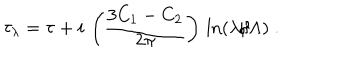
\tau _ { \lambda } = \tau + i \, \left( \frac { 3 C _ { 1 } - C _ { 2 } } { 2 \pi } \right) \, \ln ( \lambda / \Lambda ) \; .